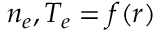
n _ { e } , T _ { e } = f ( r )